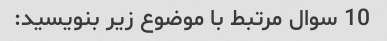
10 سوال مرتبط با موضوع زیر بنویسید: